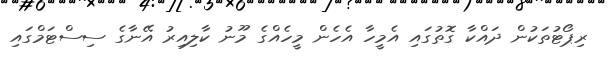
ރިޕޯޓުތަކުން ދައްކާ ގޮތުގައި އެމީހާ އެހެން މީހެއްގެ މޫނު ކާލިއިރު އޭނާގެ ސިސްޓަމްގައި